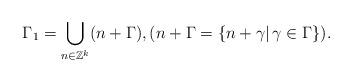
LaTeX: \begin{align*} \Gamma_1 = \bigcup_{n\in \mathbb{Z}^k} (n+\Gamma), (n+\Gamma = \{n+\gamma|\, \gamma\in \Gamma\}). \end{align*}